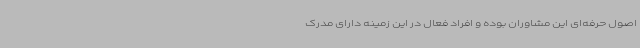
اصول حرفه‌ای این مشاوران بوده و افراد فعال در این زمینه دارای مدرک